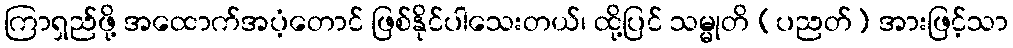
ကြာရှည်ဖို့ အထောက်အပံ့တောင် ဖြစ်နိုင်ပါသေးတယ်၊ ထို့ပြင် သမ္မုတိ (ပညတ်) အားဖြင့်သာ